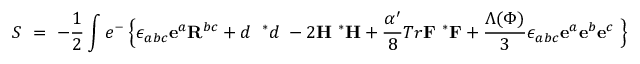
S ~ = ~ - \frac { 1 } { 2 } \int e ^ { - { \bf \Phi } } \Bigl \{ \epsilon _ { a b c } { \bf e } ^ { a } { \bf R } ^ { b c } + d { \bf \Phi } ~ { ^ { * } d } { \bf \Phi } - 2 { \bf H } ~ { ^ { * } { \bf H } } + { \frac { \alpha ^ { \prime } } { 8 } } T r { \bf F } ~ { ^ { * } { \bf F } } + \frac { \Lambda ( \Phi ) } { 3 } \epsilon _ { a b c } { \bf e } ^ { a } { \bf e } ^ { b } { \bf e } ^ { c } ~ \Bigr \}